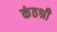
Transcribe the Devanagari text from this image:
कंठश्री